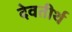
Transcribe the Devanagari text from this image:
देवतीर्थ